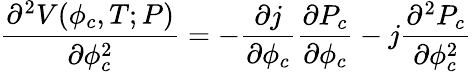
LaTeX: {\frac{\partial^{2}V(\phi_{c},T;P)}{\partial\phi_{c}^{2}}}=-{\frac{\partial j}{\partial\phi_{c}}}{\frac{\partial P_{c}}{\partial\phi_{c}}}-j{\frac{\partial^{2}P_{c}}{\partial\phi_{c}^{2}}}